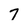
Character: 7